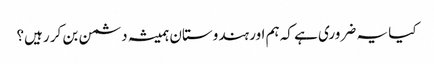
کیا یہ ضروری ہے کہ ہم اور ہندوستان ہمیشہ دشمن بن کر رہیں؟